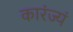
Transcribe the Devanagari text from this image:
कारंज्यं